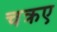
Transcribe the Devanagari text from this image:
चक्रए